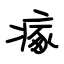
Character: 瘃